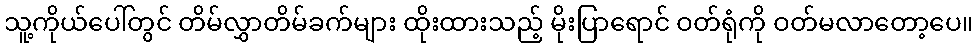
သူ့ကိုယ်ပေါ်တွင် တိမ်လွှာတိမ်ခက်များ ထိုးထားသည့် မိုးပြာရောင် ဝတ်ရုံကို ဝတ်မလာတော့ပေ။